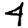
Digit: 4